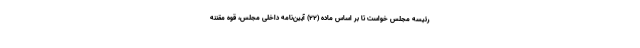
رئیسه مجلس خواست تا بر اساس ماده (۲۲) آیین‌نامه داخلی مجلس، قوه مقننه